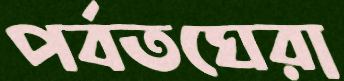
পর্বতঘেরা